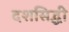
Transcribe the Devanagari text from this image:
दशसिद्धी